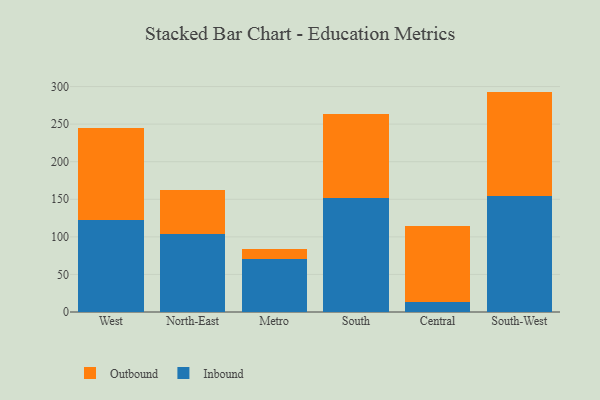
{"axis": {"x": "Region", "y": "Population (Million)"}, "legend": ["Inbound", "Outbound"], "data": [{"x": "West", "y": 122.3, "type": "Inbound"}, {"x": "West", "y": 122.7, "type": "Outbound"}, {"x": "North-East", "y": 104.0, "type": "Inbound"}, {"x": "North-East", "y": 59.0, "type": "Outbound"}, {"x": "Metro", "y": 70.6, "type": "Inbound"}, {"x": "Metro", "y": 12.7, "type": "Outbound"}, {"x": "South", "y": 152.2, "type": "Inbound"}, {"x": "South", "y": 111.9, "type": "Outbound"}, {"x": "Central", "y": 13.1, "type": "Inbound"}, {"x": "Central", "y": 101.7, "type": "Outbound"}, {"x": "South-West", "y": 154.9, "type": "Inbound"}, {"x": "South-West", "y": 138.4, "type": "Outbound"}]}